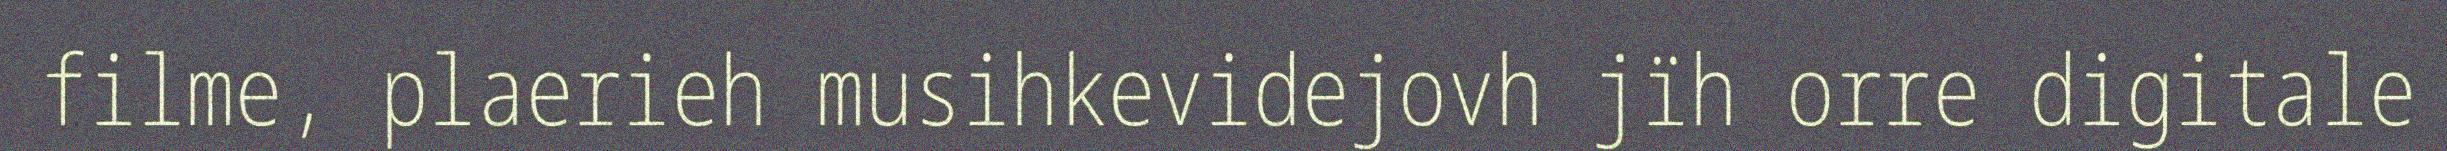
filme, plaerieh musihkevidejovh jïh orre digitale